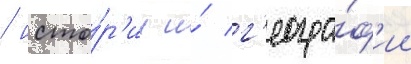
/ исто́р'ии и́ г'еогра́ф'ии